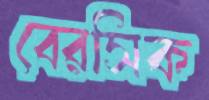
বেরসিক